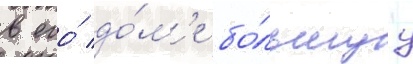
в его́ до́м'е бо́льшуу